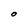
Character: O